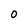
Character: O